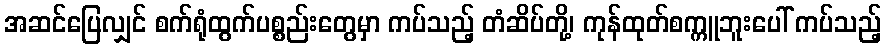
အဆင်ပြေလျှင် စက်ရုံထွက်ပစ္စည်းတွေမှာ ကပ်သည့် တံဆိပ်တို့၊ ကုန်ထုတ်စက္ကူဘူးပေါ် ကပ်သည့်